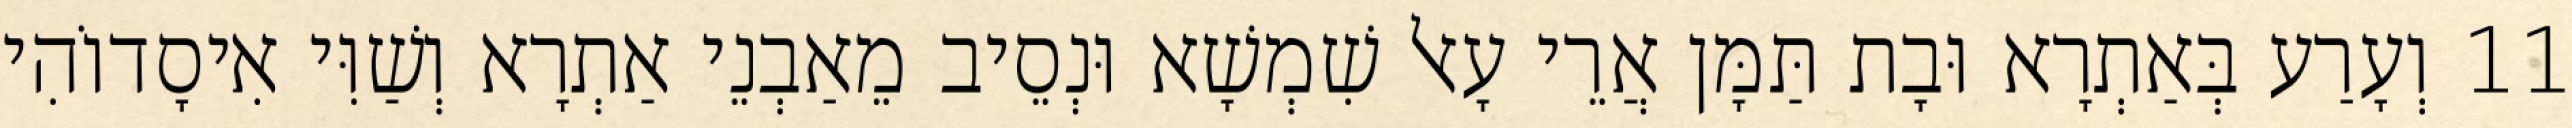
11 וְעָרַע בְּאַתְרָא וּבָת תַּמָּן אֲרֵי עָאל שִׁמְשָׁא וּנְסֵיב מֵאַבְנֵי אַתְרָא וְשַׁוִּי אִיסָדוֹהִי